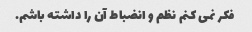
فکر نمی کنم نظم و انضباط آن را داشته باشم.